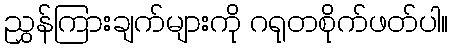
ညွှန်ကြားချက်များကို ဂရုတစိုက်ဖတ်ပါ။